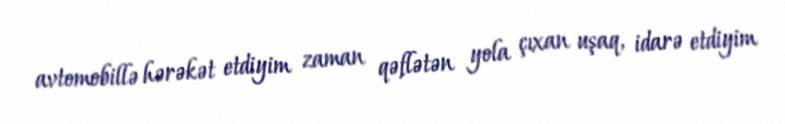
avtomobillə hərəkət etdiyim zaman qəflətən yola çıxan uşaq, idarə etdiyim